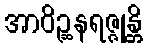
အာဝိဉ္ဆနရဇ္ဇုန္တိ